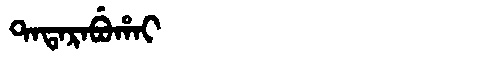
Manchu: ᡨᠠᡨᠠᡵᠠᠪᡠᡥᠠᡳ
Romanization: TATARABUHAI